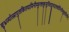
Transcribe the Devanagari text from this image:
शुभ्रज्योत्स्नापुलकितयामिनीम्फुल्लकुसुमितद्रुमदलशोभिनीम्सुहासिनीम्